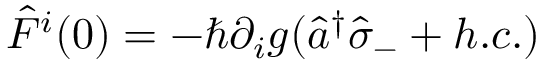
\hat { F } ^ { i } ( 0 ) = - \hbar \partial _ { i } g ( \hat { a } ^ { \dag } \hat { \sigma } _ { - } + h . c . )